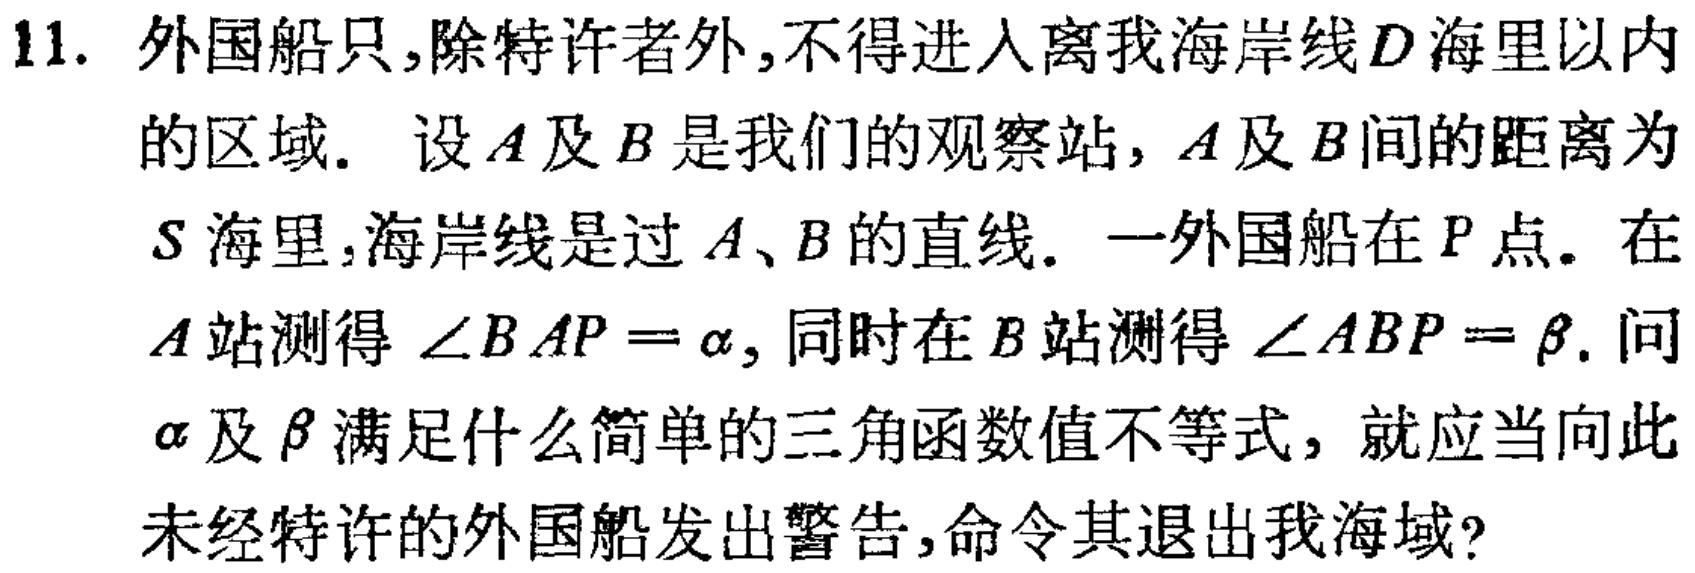
11. 外国船只,除特许者外,不得进入离我海岸线\(D\)海里以内的区域. 设\(A\)及\(B\)是我们的观察站, \(A\)及\(B\)间的距离为\(S\)海里,海岸线是过\(A\)、\(B\)的直线. 一外国船在\(P\)点. 在\(A\)站测得\(\angle BAP = \alpha\), 同时在\(B站\)测得\(\angle ABP = \beta\). 问\(\alpha\)及\(\beta\)满足什么简单的三角函数值不等式, 就应当向此未经特许的外国船发出警告,命令其退出我海域?